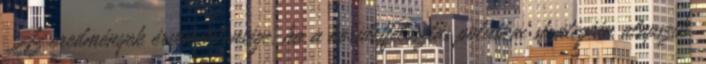
Az eredmények érvénytelensége, ha a kerületfelosztás politikai stratégián alapszik.